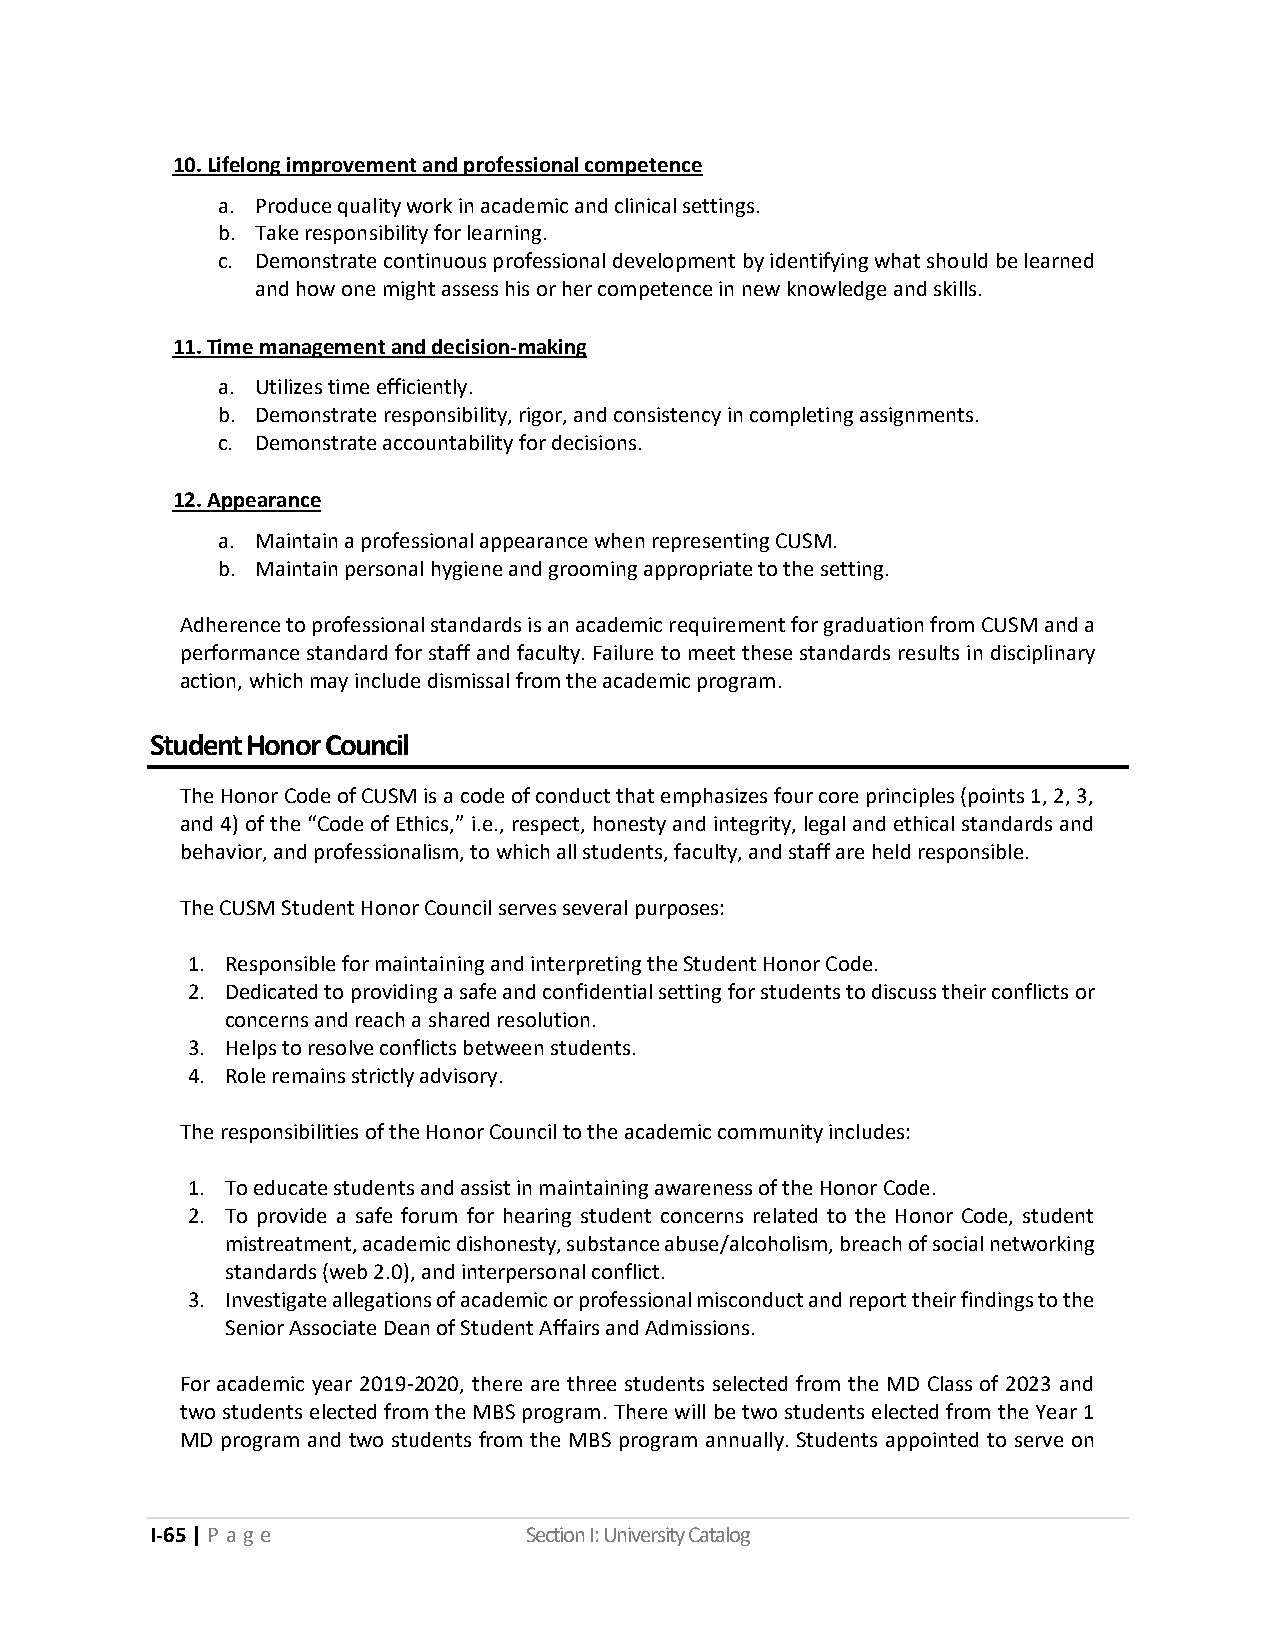
10. Lifelong improvement and professional competence
 a. Produce quality work in academic and clinical settings.
 b. Take responsibility for learning.
 c. Demonstrate continuous professional development by identifying what should be learned
 and how one might assess his or her competence in new knowledge and skills.
 11. Time management and decision-making
 a. Utilizes time efficiently.
 b. Demonstrate responsibility, rigor, and consistency in completing assignments.
 c. Demonstrate accountability for decisions.
 12. Appearance
 a. Maintain a professional appearance when representing CUSM.
 b. Maintain personal hygiene and grooming appropriate to the setting.
 Adherence to professional standards is an academic requirement for graduation from CUSM and a
 performance standard for staff and faculty. Failure to meet these standards results in disciplinary
 action, which may include dismissal from the academic program.
 Student Honor Council
 The Honor Code of CUSM is a code of conduct that emphasizes four core principles (points 1, 2, 3,
 and 4) of the “Code of Ethics,” i.e., respect, honesty and integrity, legal and ethical standards and
 behavior, and professionalism, to which all students, faculty, and staff are held responsible.
 The CUSM Student Honor Council serves several purposes:
 1. Responsible for maintaining and interpreting the Student Honor Code.
 2. Dedicated to providing a safe and confidential setting for students to discuss their conflicts or
 concerns and reach a shared resolution.
 3. Helps to resolve conflicts between students.
 4. Role remains strictly advisory.
 The responsibilities of the Honor Council to the academic community includes:
 1. To educate students and assist in maintaining awareness of the Honor Code.
 2. To provide a safe forum for hearing student concerns related to the Honor Code, student
 mistreatment, academic dishonesty, substance abuse/alcoholism, breach of social networking
 standards (web 2.0), and interpersonal conflict.
 3. Investigate allegations of academic or professional misconduct and report their findings to the
 Senior Associate Dean of Student Affairs and Admissions.
 For academic year 2019-2020, there are three students selected from the MD Class of 2023 and
 two students elected from the MBS program. There will be two students elected from the Year 1
 MD program and two students from the MBS program annually. Students appointed to serve on
 I-65 | P a ge            Section I: University Catalog